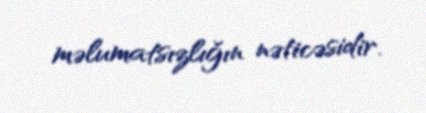
məlumatsızlığın nəticəsidir.